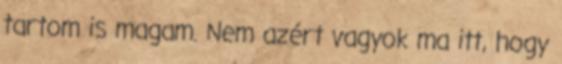
tartom is magam. Nem azért vagyok ma itt, hogy